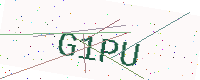
Text: G1PU